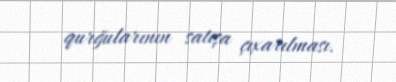
qurğularının satışa çıxarılması.